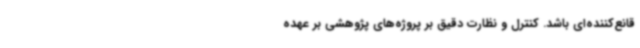
قانع‌کننده‌ای باشد. کنترل و نظارت دقیق بر پروژه‌های پژوهشی بر عهده